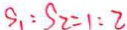
S _ { 1 } : S _ { 2 } = 1 : 2